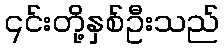
၎င်းတို့နှစ်ဦးသည်